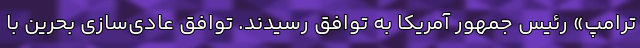
ترامپ» رئیس جمهور آمریکا به توافق رسیدند. توافق عادی‌سازی بحرین با